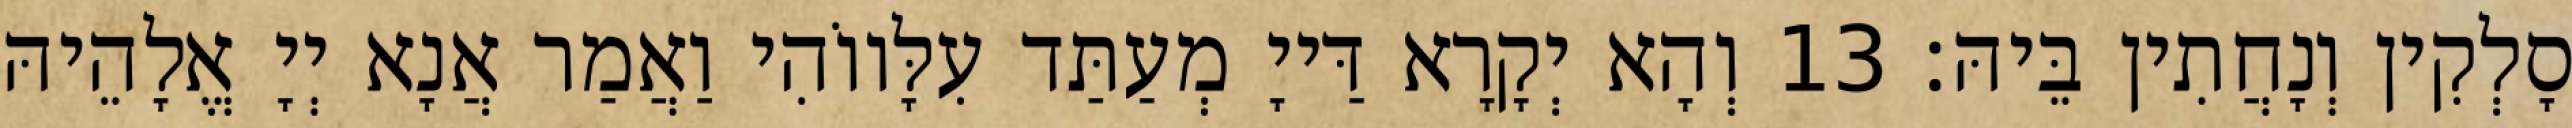
סָלְקִין וְנָחֲתִין בֵּיהּ׃ 13 וְהָא יְקָרָא דַּייָ מְעַתַּד עִלָּווֹהִי וַאֲמַר אֲנָא יְיָ אֱלָהֵיהּ